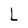
Character: L